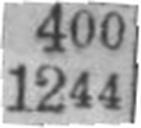
1244